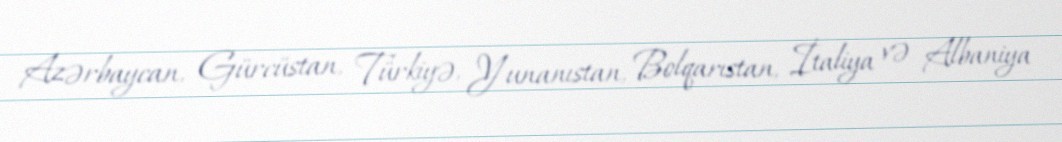
Azərbaycan, Gürcüstan, Türkiyə, Yunanıstan, Bolqarıstan, İtaliya və Albaniya